Annual report of the Madras Medical College
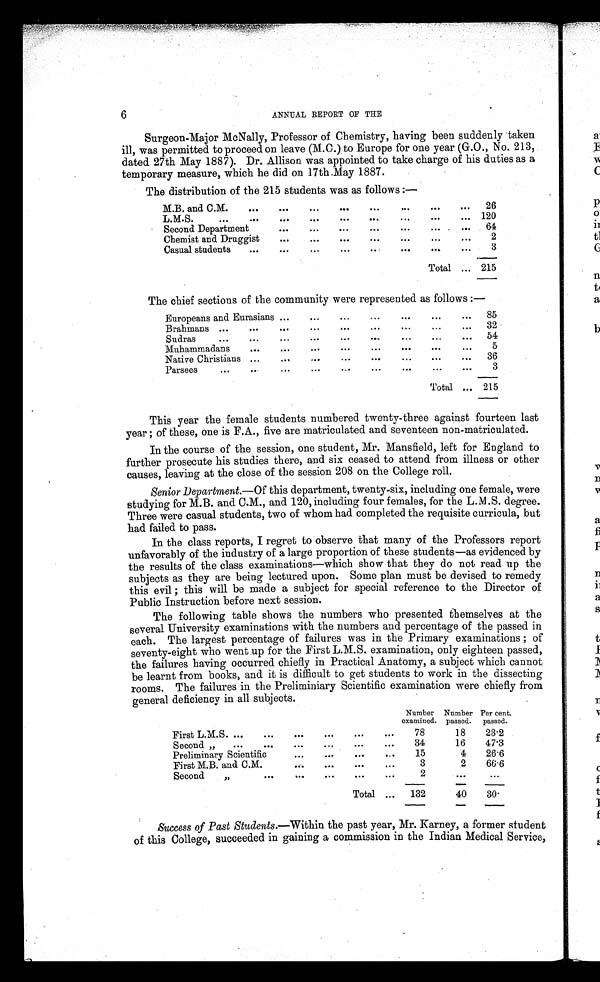
6
ANNUAL REPORT OF THE
Surgeon-Major McNally, Professor of Chemistry, having been suddenly taken
ill, was permitted to proceed on leave (M.C.) to Europe for one year (G.O., No. 213,
dated 27th May 1887). Dr. Allison was appointed to take charge of his duties as a
temporary measure, which he did on 17th May 1887.
The distribution of the 215 students was as follows: —
M.B. and C.M.
26
L.M.S.
120
Second Department
64
Chemist and Druggist
2
Casual students
3
Total
215
The chief sections of the community were represented as follows: —
Europeans and Eurasians
85
Brahmans
32
Sudras
54
Muhammadans
5
Native Christians
36
Parsees
3
Total
215
This year the female students numbered twenty-three against fourteen last
year; of these, one is F.A., five are matriculated and seventeen non-matriculated.
In the course of the session, one student, Mr. Mansfield, left for England to
further prosecute his studies there, and six ceased to attend from illness or other
causes, leaving at the close of the session 208 on the College roll.
Senior Department. —Of this department, twenty-six, including one female, were
studying for M.B. and C.M., and 120, including four females, for the L.M.S. degree.
Three were casual students, two of whom had completed the requisite curricula, but
had failed to pass.
In the class reports, I regret to observe that many of the Professors report
unfavorably of the industry of a large proportion of these students—as evidenced by
the results of the class examinations—which show that they do not read up the
subjects as they are being lectured upon. Some plan must be devised to remedy
this evil; this will be made a subject for special reference to the Director of
Public Instruction before next session.
The following table shows the numbers who presented themselves at the
several University examinations with the numbers and percentage of the passed in
each. The largest percentage of failures was in the Primary examinations; of
seventy-eight who went up for the First L.M.S. examination, only eighteen passed,
the failures having occurred chiefly in Practical Anatomy, a subject which cannot
be learnt from books, and it is difficult to get students to work in the dissecting
rooms. The failures in the Preliminiary Scientific examination were chiefly from
general deficiency in all subjects.
Number
examined.
Number
passed.
Per cent.
passed.
First L.M.S.
78
18
23·2
Second ,,
34
16
47·3
Preliminary Scientific
15
4
26·6
First M.B. and C.M.
3
2
66·6
Second ,,
2
Total
132
40
3 0 ·
Success of Past Students. —Within the past year, Mr. Karney, a former student
of this College, succeeded in gaining a commission in the Indian Medical Service,